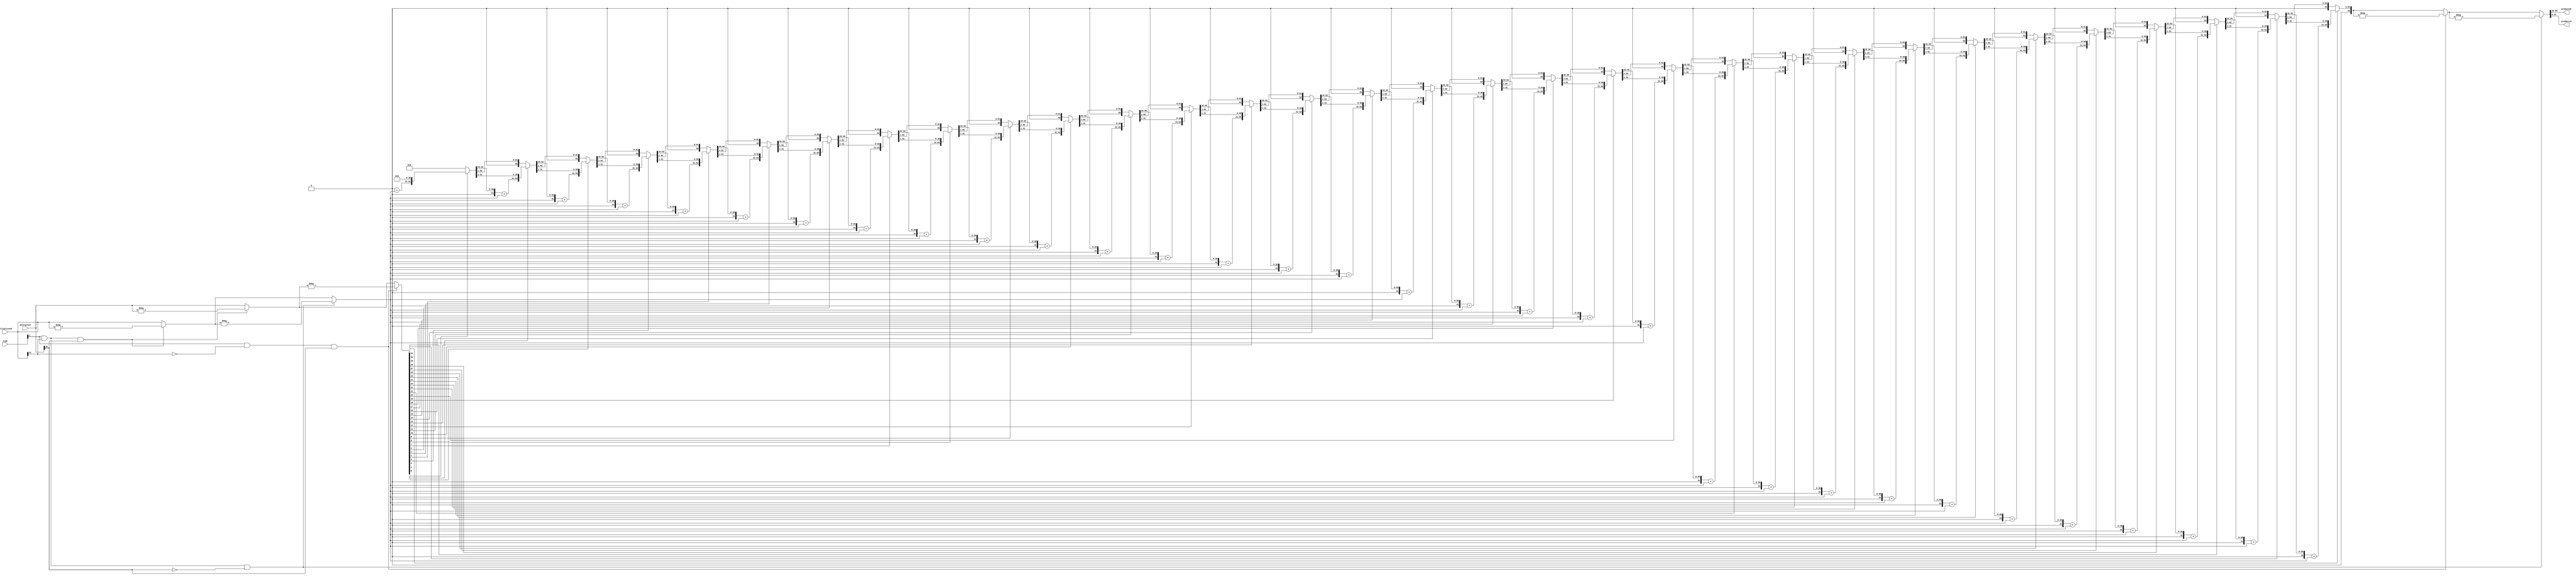
module multU(output reg [31:0] productHI, productLO, // Registers where the multiplication result will be stored 
             input [1:0] sign, // Sign signal that will come from the Control Unit
             input [31:0] multiplier,multiplicand); // Inputs for the multiplication algorithm
  
   
   reg [63:0]          product;
   reg [31:0]    multiplicandToSum;  
   reg [31:0] invMultiplier;
   reg [31:0] invMultiplicand;
   integer       i;
 always @ (multiplier, multiplicand) begin
  
  //initialize
    product = 64'd0;
  //We can't change the inputs so we store this values in temporary variables
    invMultiplier = multiplier;  
    invMultiplicand = multiplicand;

     //Checks if both the multiplicand and the multiplier are negative numbers
     //If they are, take the 2's complement of both and then pass them as parameters for the multiplication algorithm
        if((sign[1]==1) && (multiplicand[31]==1) && (multiplier[31]==1))
         begin
            invMultiplier = -(invMultiplier);
            invMultiplicand = -(invMultiplicand);
         end

     //Checks if the multiplicand is a negative number
     //If it is, take the 2's complement and pass it as a parameter for the multiplication algorithm
     //Since in order for the program to enter this if-statement only the multiplicand is negative so we don't change the multiplier
        if((sign[1]==1) && (multiplicand[31]==1) && (multiplier[31]==0))
         begin
            invMultiplicand = -(invMultiplicand);
         end 

     //Checks if the multiplier is a negative number 
     //If it is, take the 2's complement and pass it as a parameter for the multiplication algorithm
     //Since in order for the program to enter this if-statement only the multiplier is negative so we don't change the multiplicand
        if((sign[1]==1) && (multiplicand[31]==0) && (multiplier[31]==1))
         begin
            invMultiplier = -(invMultiplier);
         end 

    multiplicandToSum = invMultiplicand;// multiplicandToSum will be added to the product(accumulator) each time invMultiplier[i] is 1

          //add & shift algorithm  for unsigned multiplication.        
              for(i=0; i<32; i=i+1) //i < 32 since the multiplier will be 32-bit
                begin
                     if(invMultiplier[i] == 1)
                       begin
                         product[63:32] = product[63:32] + multiplicandToSum ; 
                         product = product >> 1; 
                       end               
                     else
                       begin
                         product = product >> 1;
                       end  
                end 
          //The idea of this following if-statements is to invert the product if our multiplication was supposed to return 
          //a negative product
                if((sign[1]==1) && (multiplicand[31]==0) && (multiplier[31]==1))
                 begin
                    product = -product;
                 end

                if((sign[1]==1) && (multiplicand[31]==1) && (multiplier[31]==0))
                 begin
                    product = -product;
                 end
        // The resulting product will be stored in productHI & productLO, respectively containing the MSW and the LSW of product
          productHI = product[63:32];
          productLO = product[31:0];
  end   
endmodule